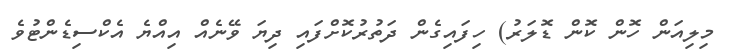
މިލިއަން ހޮން ކޮން ޑޮލަރު) ހިފައިގެން ދަތުރުކޮށްފައި ދިޔަ ވޭނެއް އިއްޔެ އެކްސިޑެންޓުވެ